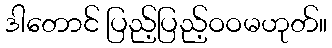
ဒါတောင် ပြည့်ပြည့်ဝဝမဟုတ်။